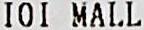
IOI MALL